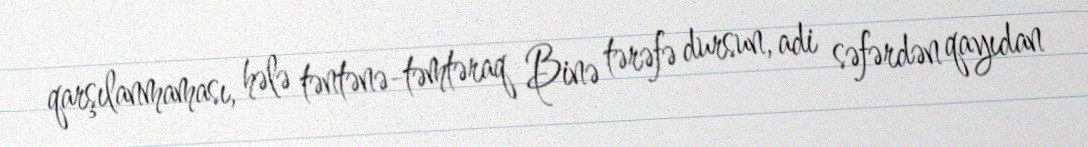
qarşılanmaması, hələ təntənə-təmtəraq Binə tərəfə dursun, adi səfərdən qayıdan